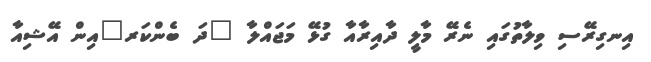
އިނގިރޭސި ވިލާތުގައި ނެރޭ މާލީ ދާއިރާއާ ގުޅޭ މަޖައްލާ "ދަ ބެންކަރ"އިން އޭޝިއާ